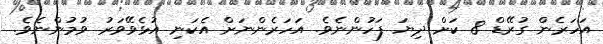
އަހަރެން ގުރޭޑް 8 ކަށް ދިޔަ ފަހުންނެވެ. އަހަރެންނަށް އެކަނި އުޅެވޭވަރު ވުމުންނެވެ.